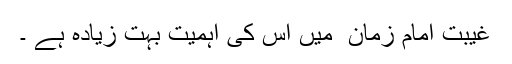
غیبت امام زمان ؑ میں اس کی اہمیت بہت زیادہ ہے ۔